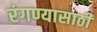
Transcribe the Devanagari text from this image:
रंगण्यासाठी